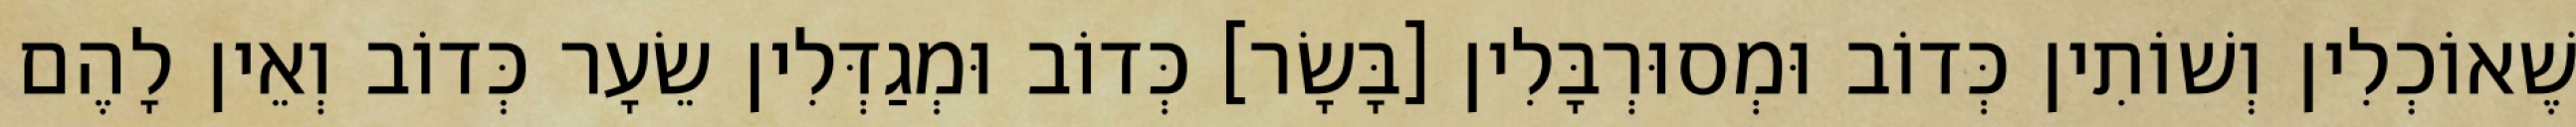
שֶׁאוֹכְלִין וְשׁוֹתִין כְּדוֹב וּמְסוּרְבָּלִין [בָּשָׂר] כְּדוֹב וּמְגַדְּלִין שֵׂעָר כְּדוֹב וְאֵין לָהֶם